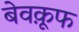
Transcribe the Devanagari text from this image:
बेवक़ूफ